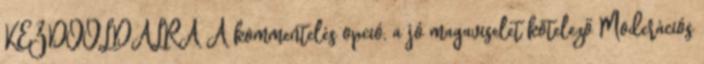
KEZDŐOLDALRA A kommentelés opció, a jó magaviselet kötelező Moderációs